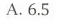
A.6.5